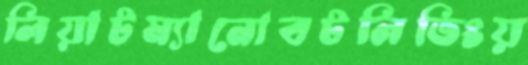
লিয়াটম্যানোবটলিভিংয়